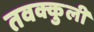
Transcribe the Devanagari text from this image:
तवक्कुली